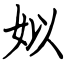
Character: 姒